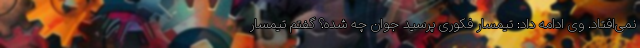
نمی‌افتاد. وی ادامه داد: تیمسار فکوری پرسید جوان چه شده؟ گفتم تیمسار